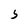
Character: S